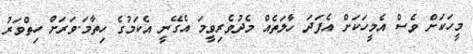
މީހަކަށް ވެސް އެމީހަކަށް އެފަދަ ހާލަތެއް މެދުވެރިވީމަ އެގޭނީ އެކަމުގެ ހިތާމަ.ވަރަށް ހިތްވަރު